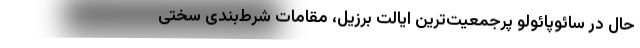
حال در سائوپائولو پرجمعیت‌ترین ایالت برزیل، مقامات شرط‌‌‌‌بندی سختی